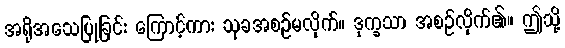
အရိုအသေပြုခြင်း ကြောင့်ကား သုခအစဉ်မလိုက်။ ဒုက္ခသာ အစဉ်လိုက်၏။ ဤသို့